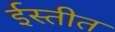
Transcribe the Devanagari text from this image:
ईस्तीत